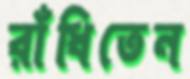
রাঁধিতেন